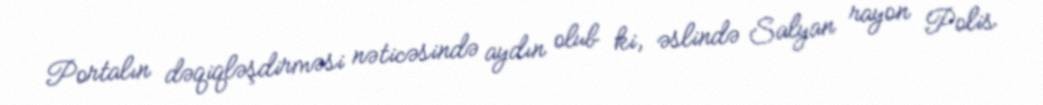
Portalın dəqiqləşdirməsi nəticəsində aydın olub ki, əslində Salyan rayon Polis